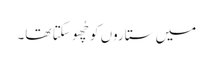
میں ستاروں کو چُھو سکتا تھا۔